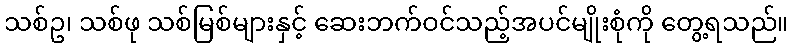
သစ်ဥ၊ သစ်ဖု သစ်မြစ်များနှင့် ဆေးဘက်ဝင်သည့်အပင်မျိုးစုံကို တွေ့ရသည်။